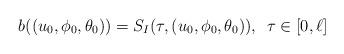
LaTeX: \begin{align*}b((u_0,\phi_0,\theta_0))=S_I(\tau,(u_0,\phi_0,\theta_0)),\,\,\,\tau\in[0,\ell]\end{align*}